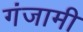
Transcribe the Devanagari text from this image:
गंजामी